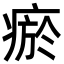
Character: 瘀